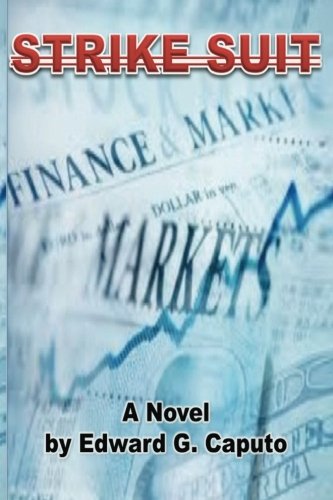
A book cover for Strike Suit; Edward G Caputo; Mystery, Thriller & Suspense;